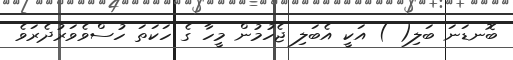
ބޮނޑަނަ ބަލި( ) އަކީ އެބަލި ޖެހުމުން މީހާ ގެ ހަކަތަ ހުސްވެވަރުދެރަވެ